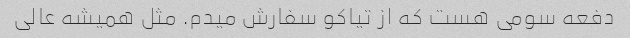
دفعه سومی هست که از تیاکو سفارش میدم. مثل همیشه عالی